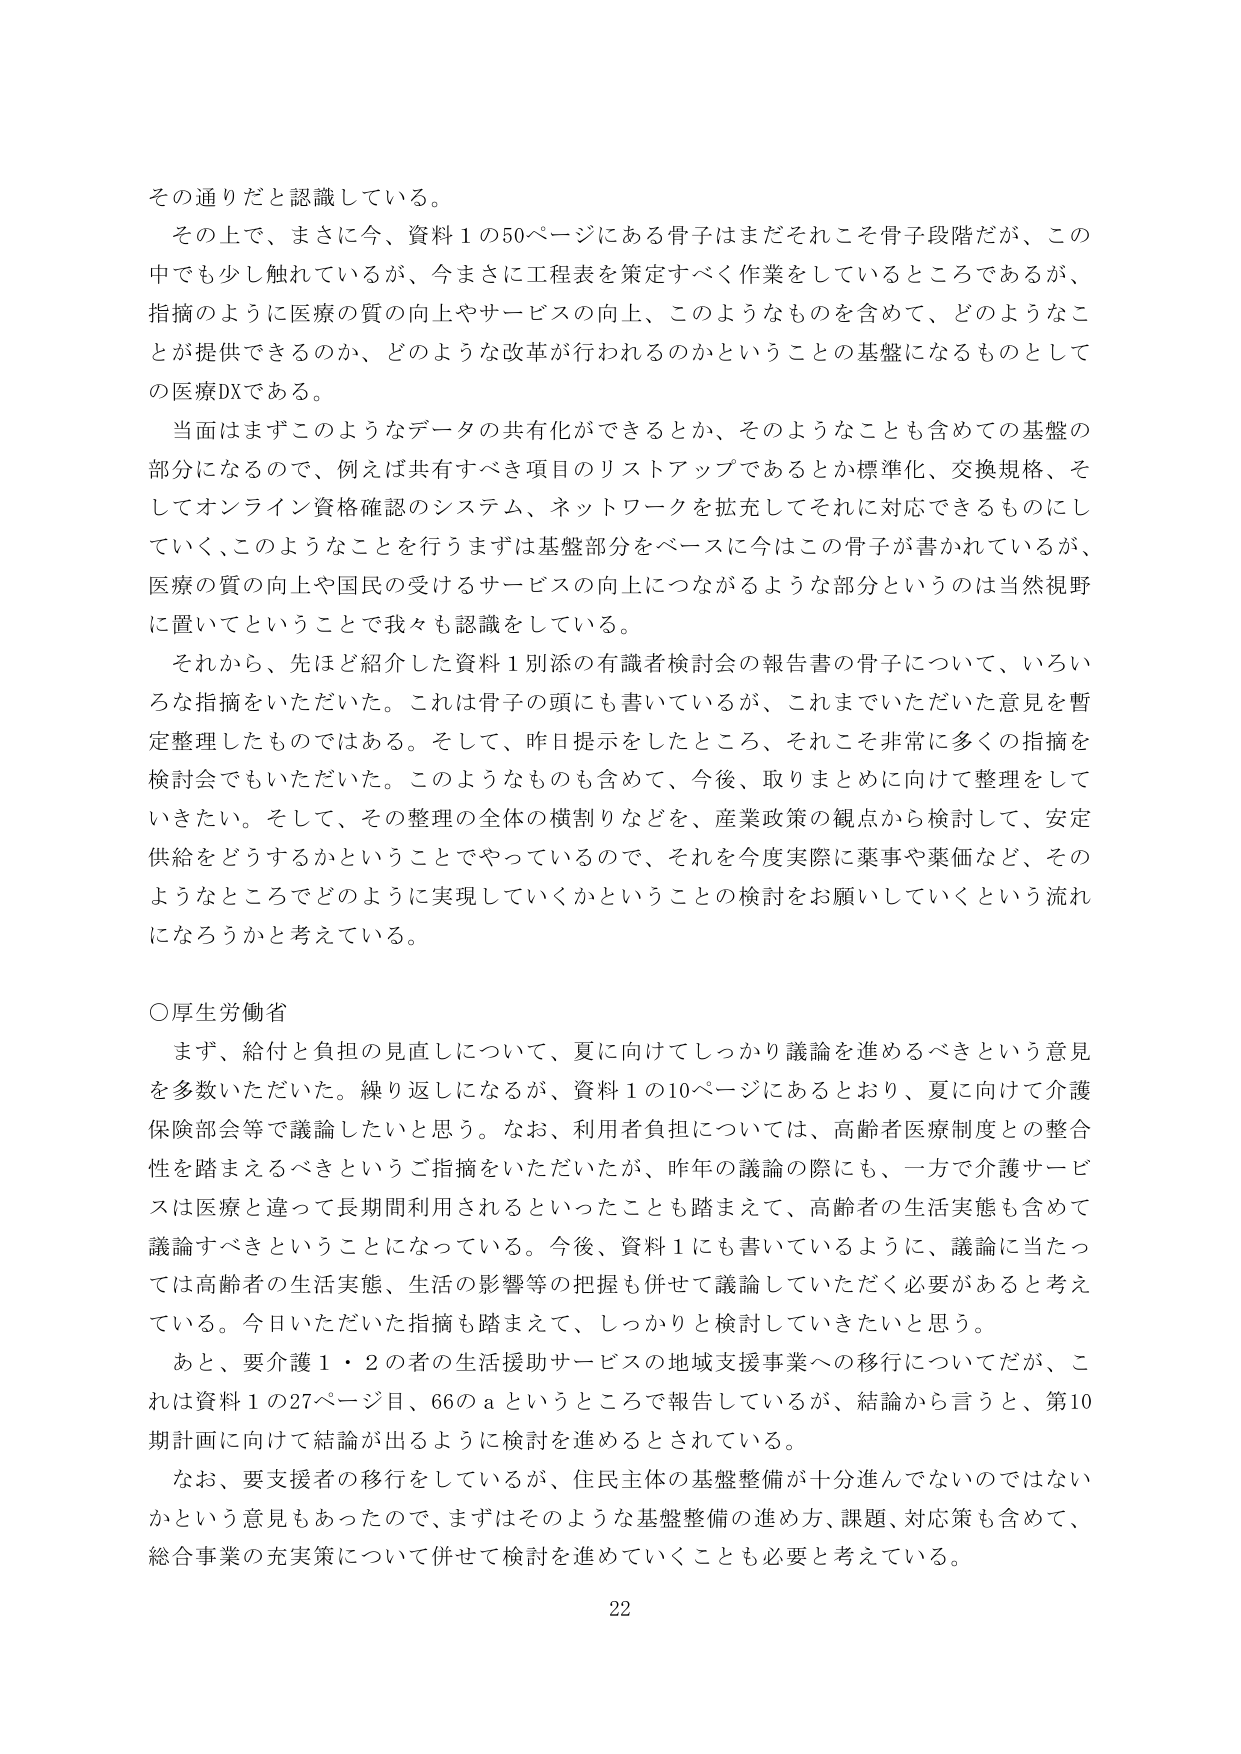
その通りだと認識している。

その上で、まさに今、資料１の50ページにある骨子はまだそれこそ骨子段階だが、この中でも少し触れているが、今まさに工程表を策定すべく作業をしているところであるが、指摘のように医療の質の向上やサービスの向上、このようなものを含めて、どのようなことが提供できるのか、どのような改革が行われるのかということの基盤になるものとしての医療DXである。

当面はまずこのようなデータの共有化ができるとか、そのようなことも含めての基盤の部分になるので、例えば共有すべき項目のリストアップであるとか標準化、交換規格、そしてオンライン資格確認のシステム、ネットワークを拡充してそれに対応できるものにしていく、このようなことを行うまずは基盤部分をベースに今はこの骨子が書かれているが、医療の質の向上や国民の受けるサービスの向上につながるような部分というのは当然視野に置いてということで我々も認識をしている。

それから、先ほど紹介した資料１別添の有識者検討会の報告書の骨子について、いろいろな指摘をいただいた。これは骨子の頭にも書いているが、これまでいただいた意見を暫定整理したものではある。そして、昨日提示をしたところ、それこそ非常に多くの指摘を検討会でもいただいた。このようなものも含めて、今後、取りまとめに向けて整理をしていきたい。そして、その整理の全体の横割りなどを、産業政策の観点から検討して、安定供給をどうするかということでやっているので、それを今度実際に薬事や薬価など、そのようなところでどのように実現していくかということの検討をお願いしていくという流れになろうかと考えている。

○厚生労働省

まず、給付と負担の見直しについて、夏に向けてしっかり議論を進めるべきという意見を多数いただいた。繰り返しになるが、資料１の10ページにあるとおり、夏に向けて介護保険部会等で議論したいと思う。なお、利用者負担については、高齢者医療制度との整合性を踏まえるべきというご指摘をいただいたが、昨年の議論の際にも、一方で介護サービスは医療と違って長期間利用されるといったことも踏まえて、高齢者の生活実態も含めて議論すべきということになっている。今後、資料１にも書いているように、議論に当たっては高齢者の生活実態、生活の影響等の把握も併せて議論していただく必要があると考えている。今日いただいた指摘も踏まえて、しっかりと検討していきたいと思う。

あと、要介護１・２の者の生活援助サービスの地域支援事業への移行についてだが、これは資料１の27ページ目、66のａというところで報告しているが、結論から言うと、第10期計画に向けて結論が出るように検討を進めるとされている。

なお、要支援者の移行をしているが、住民主体の基盤整備が十分進んでないのではないかという意見もあったので、まずはそのような基盤整備の進め方、課題、対応策も含めて、総合事業の充実策について併せて検討を進めていくことも必要と考えている。

22